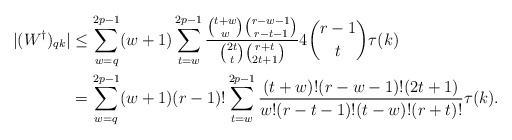
\begin{align*}|(W^{\dagger})_{qk}|&\leq \sum_{w=q}^{2p-1}(w+1)\sum_{t=w}^{2p-1}\frac{\binom{t+w}{w}\binom{r-w-1}{r-t-1}}{\binom{2t}{t}\binom{r+t}{2t+1}}4\binom{r-1}{t}\tau(k)\\&=\sum_{w=q}^{2p-1}(w+1)(r-1)!\sum_{t=w}^{2p-1}\frac{(t+w)!(r-w-1)!(2t+1)}{w!(r-t-1)!(t-w)!(r+t)!}\tau(k).\end{align*}